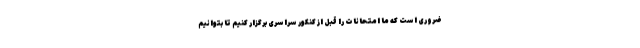
ضروری است که ما امتحانات را قبل از کنکور سراسری برگزار کنیم تا بتوانیم